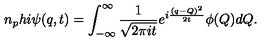
n _ { p } h i } \psi ( q , t ) = \int _ { - \infty } ^ { \infty } { \frac { 1 } { \sqrt { 2 \pi i t } } } e ^ { i { \frac { ( q - Q ) ^ { 2 } } { 2 t } } } \phi ( Q ) d Q .